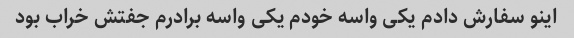
اینو سفارش دادم یکی واسه خودم یکی واسه برادرم جفتش خراب بود